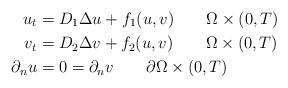
LaTeX: \begin{align*}u_{t} & =D_{1}\Delta u+f_{1}(u,v) \qquad\Omega\times(0,T)\\v_{t} & =D_{2}\Delta v+f_{2}(u,v) \qquad\Omega\times(0,T)\\\partial_{n} u & =0 = \partial_{n}v \qquad\partial\Omega\times(0,T) \end{align*}